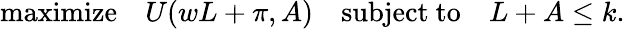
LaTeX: {\mathrm{maximize}}\quad U(wL+\pi,A)\quad{\mathrm{subject~to}}\quad L+A\leq k.